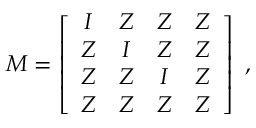
\boldsymbol { M } = \left[ \begin{array} { c c c c } { \boldsymbol { I } } & { \boldsymbol { Z } } & { \boldsymbol { Z } } & { \boldsymbol { Z } } \\ { \boldsymbol { Z } } & { \boldsymbol { I } } & { \boldsymbol { Z } } & { \boldsymbol { Z } } \\ { \boldsymbol { Z } } & { \boldsymbol { Z } } & { \boldsymbol { I } } & { \boldsymbol { Z } } \\ { \boldsymbol { Z } } & { \boldsymbol { Z } } & { \boldsymbol { Z } } & { \boldsymbol { Z } } \end{array} \right] \mathrm { ~ , ~ }